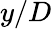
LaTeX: y/D